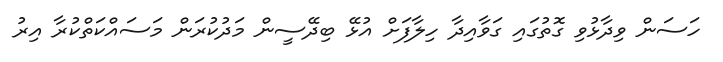
ހަސަން ވިދާޅުވި ގޮތުގައި ގަވާއިދާ ހިލާފަށް އުޅޭ ބިދޭސީން މަދުކުރަން މަސައްކަތްކުރާ އިރު